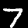
Label: 7